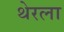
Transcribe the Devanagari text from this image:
थेरला